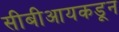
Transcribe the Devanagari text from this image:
सीबीआयकडून